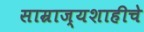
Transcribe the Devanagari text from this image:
साम्राज्यशाहीचे